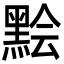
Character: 𪑅